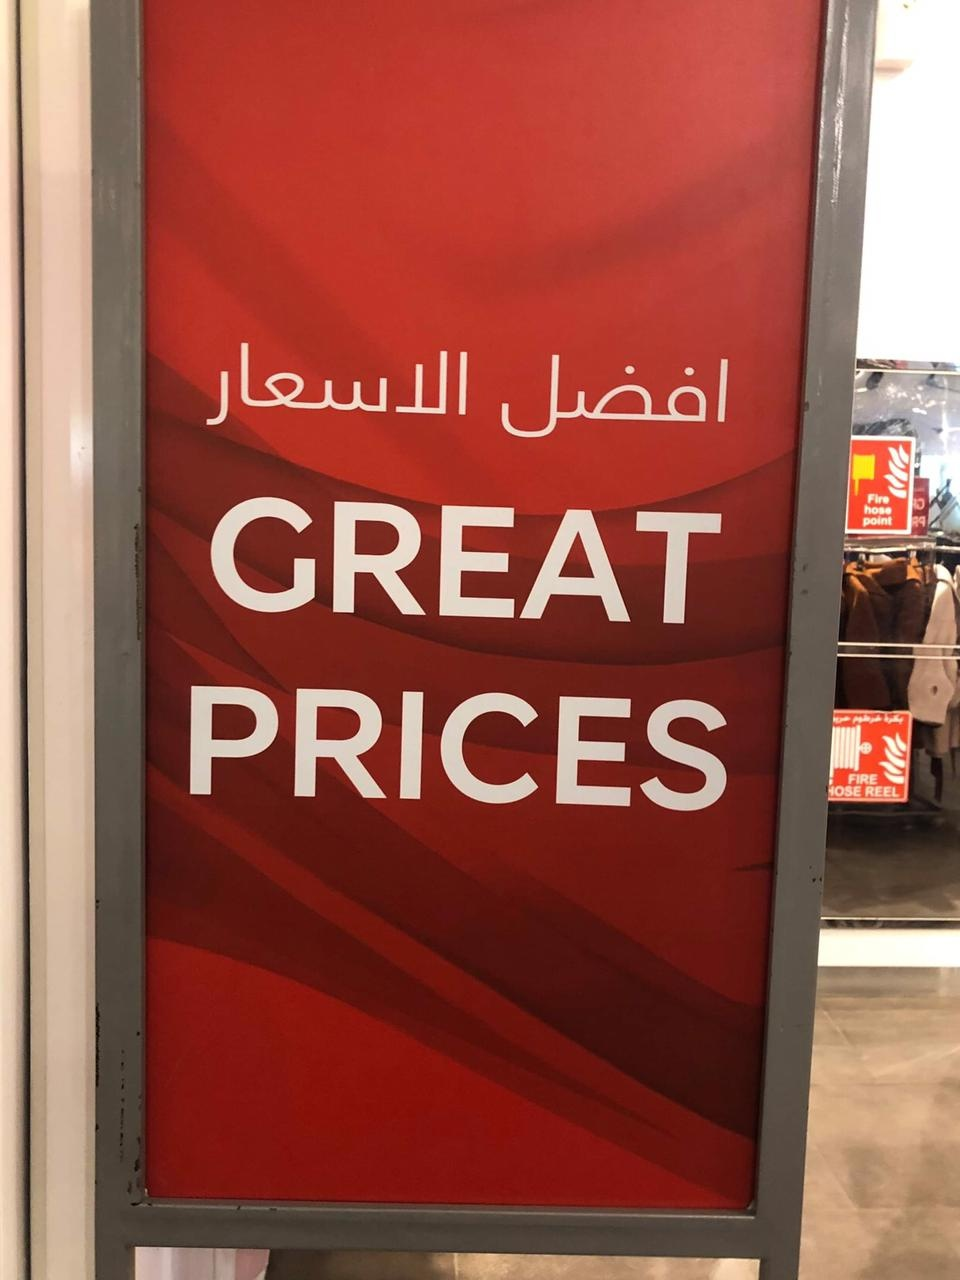
Text in image: الاسعار افضل GREAT PRICES